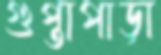
গুপ্তাপাড়া